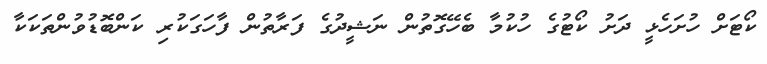
ކޯޓަށް ހުށަހެޅީ ދަށު ކޯޓުގެ ހުކުމާ ބެހޭގޮތުން ނަޝީދުގެ ފަރާތުން ފާހަގަކުރި ކަންބޮޑުވުންތަކަކާ